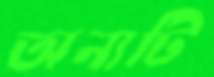
অন্যটি